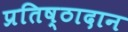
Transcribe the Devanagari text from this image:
प्रतिष्ठादान